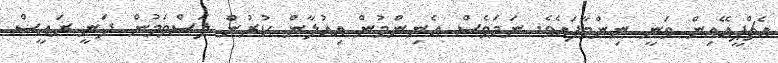
އެޗްޕީއޭއިން ވަނީ ނިންމާފައެވެ. ނަމަވެސް އެނިންމުން އިއުލާން ކުރުން ލަސްވަމުން ދަނީ ރައީސް